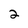
Character: 2